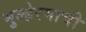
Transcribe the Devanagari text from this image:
मुल्हेरमाची